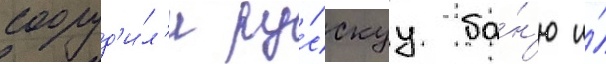
сооруд'и́л'и ру́сскуу ба́н'ю и́